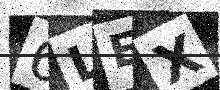
Text: 6LEX